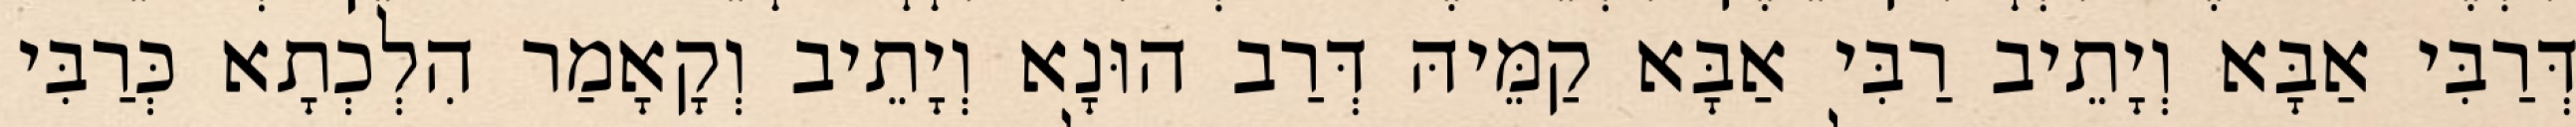
דְּרַבִּי אַבָּא וְיָתֵיב רַבִּי אַבָּא קַמֵּיהּ דְּרַב הוּנָא וְיָתֵיב וְקָאָמַר הִלְכְתָא כְּרַבִּי